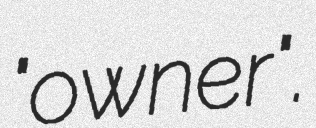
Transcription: "owner".